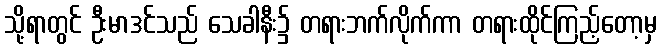
သို့ရာတွင် ဦးမာဒင်သည် သေခါနီး၌ တရားဘက်လိုက်ကာ တရားထိုင်ကြည့်တော့မှ